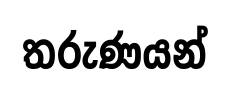
තරුණයන්